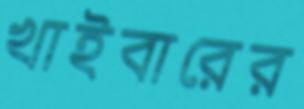
খাইবারের